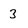
Character: 3